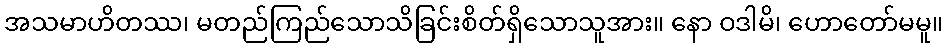
အသမာဟိတဿ၊ မတည်ကြည်သောသိခြင်းစိတ်ရှိသောသူအား။ နော ဝဒါမိ၊ ဟောတော်မမူ။